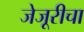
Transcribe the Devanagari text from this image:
जेजूरीचा